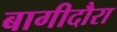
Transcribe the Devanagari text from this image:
बागीदौरा